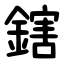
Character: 鎋